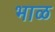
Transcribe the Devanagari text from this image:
भाळ